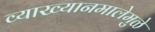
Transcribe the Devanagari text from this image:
व्याख्यानमालेमुळे